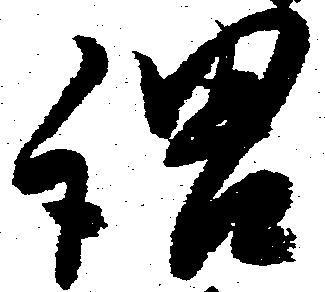
謂